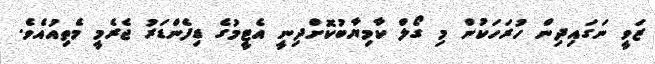
ޒަވީ ނަގައިދިން ހުރަހަކުން މި ގޯލް ކާމިޔާބުކޮށްދިނީ އެޓީމުގެ ޑިފެންޑަރު ޖެރެމީ މެތިއުއެވެ.